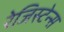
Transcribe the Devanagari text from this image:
रेजिस्टेन्स